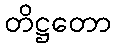
တိဋ္ဌတော